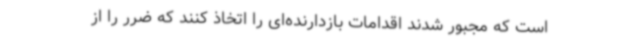
است که مجبور شدند اقدامات بازدارنده‌ای را اتخاذ کنند که ضرر را از